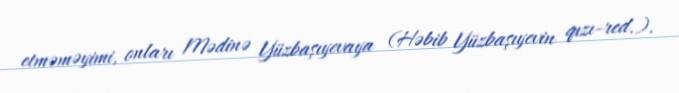
etməməyimi, onları Mədinə Yüzbaşıyevaya (Həbib Yüzbaşıyevin qızı-red.).